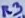
Text: R3